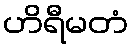
ဟိရီမတံ